画像に写った文字を読んでください
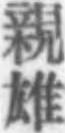
「親雄」と書いてあります